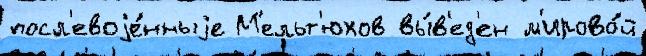
посл'евоjе́нныjе М'ельт'юхов вы́в'ед'ен м'ирово́й